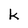
Character: k